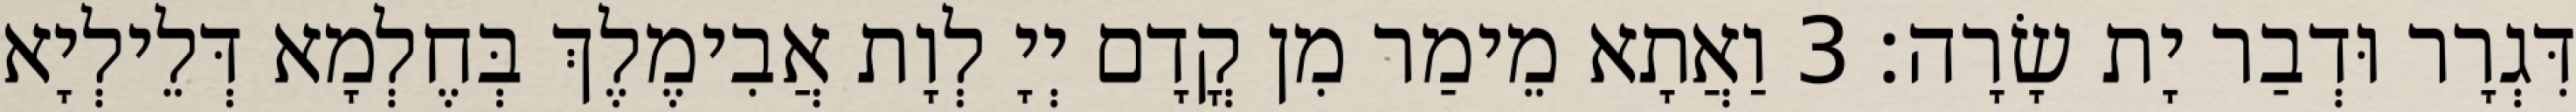
דִּגְרָר וּדְבַר יָת שָׂרָה׃ 3 וַאֲתָא מֵימַר מִן קֳדָם יְיָ לְוָת אֲבִימֶלֶךְ בְּחֶלְמָא דְּלֵילְיָא